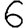
Digit: 6